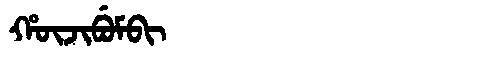
Manchu: ᡥᡡᠵᡳᠪᡠᠮᠪᡳ
Romanization: HŪJIBUMBI